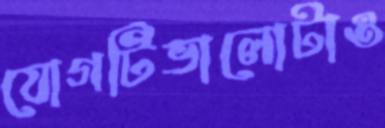
যোগটিভালোটাও